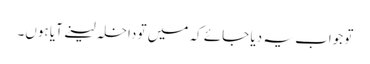
تو جواب یہ دیا جائے کہ میں تو داخلہ لینے آیا ہوں۔